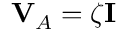
\mathbf { V } _ { A } = \zeta \mathbf { I }